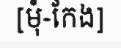
[មុំ-កែង]